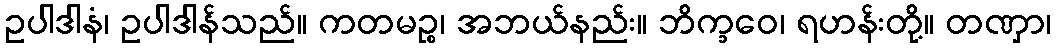
ဥပါဒါနံ၊ ဥပါဒါန်သည်။ ကတမဉ္စ၊ အဘယ်နည်း။ ဘိက္ခဝေ၊ ရဟန်းတို့။ တဏှာ၊